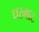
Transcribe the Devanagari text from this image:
धरमाट